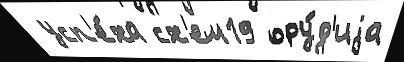
 усп'е́ха сх'ем19 ору́д'иjа